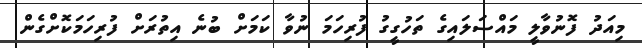
މިއަދު ފޮނުވާލީ މައްސަލައިގެ ތަހުގީގު ފުރިހަމަ ނުވާ ކަމަށް ބުނެ އިތުރަށް ފުރިހަމަކޮށްގެން